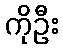
ကိုဦး